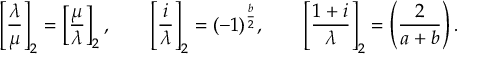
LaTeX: \left[ { \frac { \lambda } { \mu } } \right] _ { 2 } = \left[ { \frac { \mu } { \lambda } } \right] _ { 2 } , \qquad \left[ { \frac { i } { \lambda } } \right] _ { 2 } = ( - 1 ) ^ { \frac { b } { 2 } } , \qquad \left[ { \frac { 1 + i } { \lambda } } \right] _ { 2 } = \left( { \frac { 2 } { a + b } } \right) .